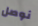
نوصل